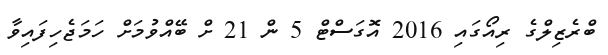
ބްރެޒިލްގެ ރިއޯގައި 2016 އޮގަސްޓް 5 ން 21 ށް ބޭއްވުމަށް ހަމަޖެހިފައިވާ